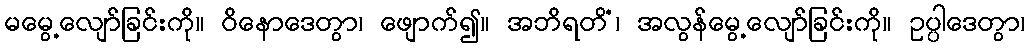
မမွေ့လျော်ခြင်းကို။ ဝိနောဒေတွာ၊ ဖျောက်၍။ အဘိရတိံ၊ အလွန်မွေ့လျော်ခြင်းကို။ ဥပ္ပါဒေတွာ၊